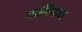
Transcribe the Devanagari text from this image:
गालियाचा